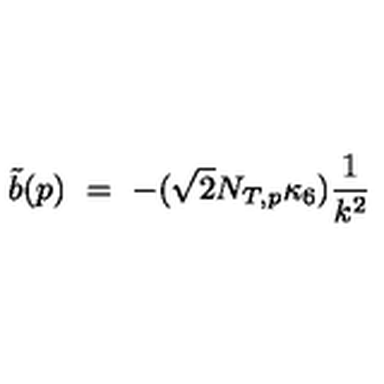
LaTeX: \tilde { b } ( p ) \ = \ - ( \sqrt { 2 } N _ { T , p } \kappa _ { 6 } ) \frac { 1 } { k ^ { 2 } }